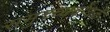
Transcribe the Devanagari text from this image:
समुच्च्यबोधक